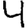
Digit: 4